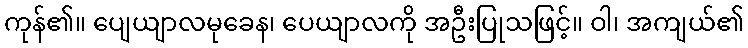
ကုန်၏။ ပျေယျာလမုခေန၊ ပေယျာလကို အဦးပြုသဖြင့်။ ဝါ၊ အကျယ်၏